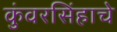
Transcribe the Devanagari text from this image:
कुंवरसिंहाचे